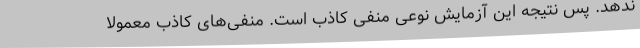
ندهد. پس نتیجه این آزمایش نوعی منفی کاذب است. منفی‌های کاذب معمولاً